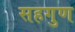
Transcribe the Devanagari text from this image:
सहगुण